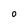
Character: o